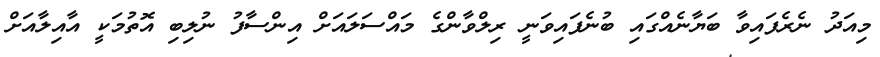
މިއަދު ނެރެފައިވާ ބަޔާނެއްގައި ބުނެފައިވަނީ ރިލްވާންގެ މައްސަލައަށް އިންސާފު ނުލިބި އޮތުމަކީ އާއިލާއަށް